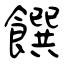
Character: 饌